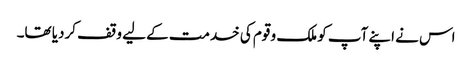
اس نے اپنے آپ کو ملک و قوم کی خدمت کے لیے وقف کردیا تھا۔